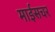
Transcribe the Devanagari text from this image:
माईसचर